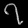
Digit: ၇